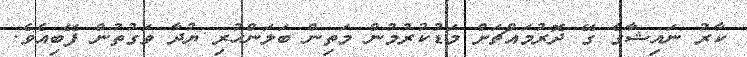
ކާރު ނައިޝާގެ ގޭ ދޮރުމައްޗަށް މަޑުކުރުމުން މަތިން ބަލަންހުރި ޔުދާ ވަގުތުން ފޭބިއެވެ.